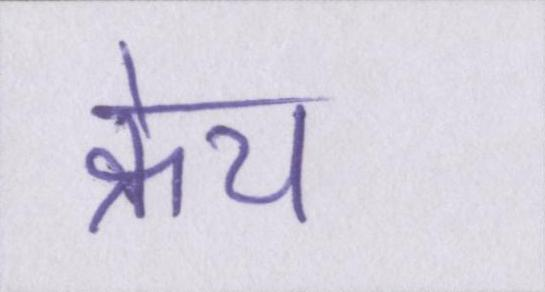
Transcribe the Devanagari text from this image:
क्रेच